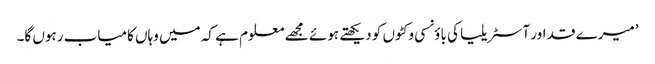
’میرے قد اور آسٹریلیا کی باؤنسی وکٹوں کو دیکھتے ہوئے مجھے معلوم ہے کہ میں وہاں کامیاب رہوں گا۔